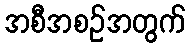
အစီအစဉ်အတွက်